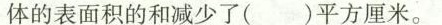
体的表面积的和减少了( )平方厘米。